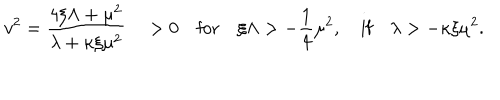
v ^ { 2 } = \frac { 4 \xi \Lambda + \mu ^ { 2 } } { \lambda + \kappa \xi \mu ^ { 2 } } \quad > 0 \quad \mathrm { f o r } \quad \xi \Lambda > - \frac { 1 } { 4 } \mu ^ { 2 } , \quad \mathrm { i f } \quad \lambda > - \kappa \xi \mu ^ { 2 } .